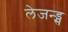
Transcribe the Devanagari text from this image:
लेजन्ड्स